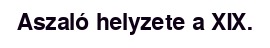
Aszaló helyzete a XIX.